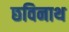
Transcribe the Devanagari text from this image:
छविनाथ